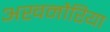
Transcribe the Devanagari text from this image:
अखनौरिया